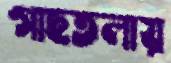
গাছতলায়